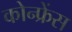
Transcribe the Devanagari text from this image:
कोन्फ्रेंस